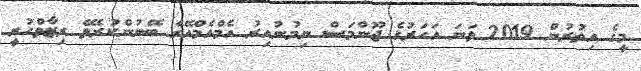
މީގެ އިތުރުން 2019 ވަނަ އަހަރުގެ ޖޫންމަސް ނިމުނުއިރު އެމްއެމްއޭގެ ބޭނުންކުރެވޭ ރިޒާވްހުރީ